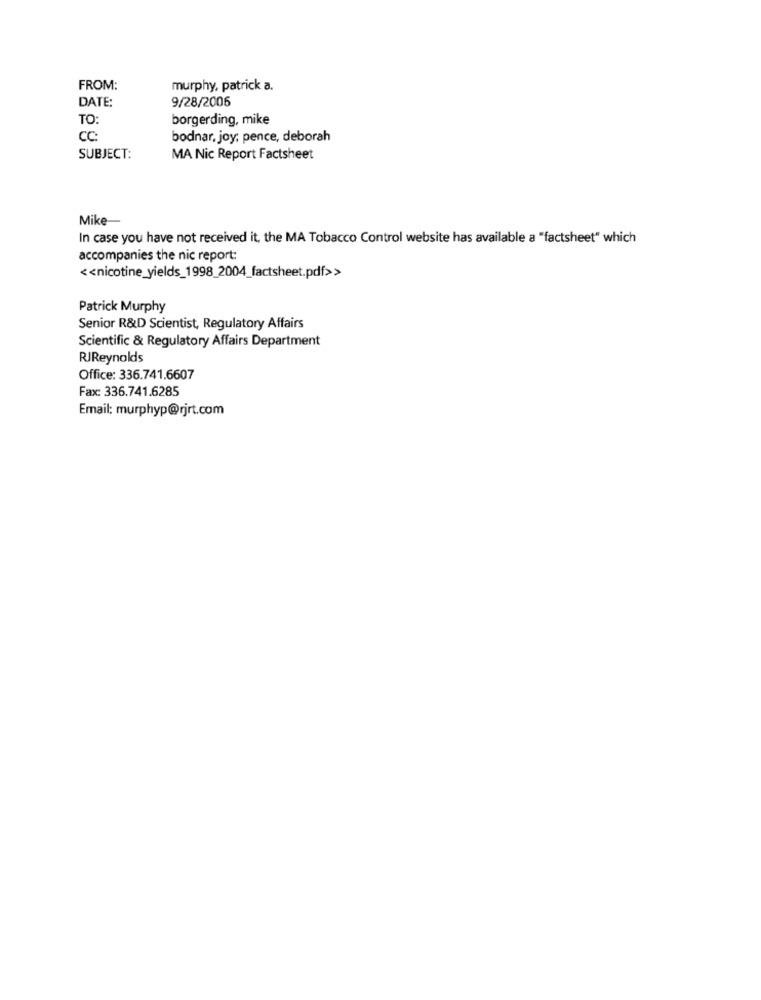
FROM:
murphy, patrick a.
DATE:
9/28/2006
TO:
borgerding, mike
CC:
bodnar, joy; pence, deborah
SUBJECT:
MA Nic Report Factsheet
Mike-
In case you have not received it, the MA Tobacco Control website has available a "factsheet" which
accompanies the nic report:
<< nicotine_yields_1998_2004_factsheet.pdf>>
Patrick Murphy
Senior R&D Scientist, Regulatory Affairs
Scientific & Regulatory Affairs Department
RJReynolds
Office: 336.741.6607
Fax: 336.741.6285
Email: murphyp@rjrt.com